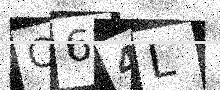
Text: C64L